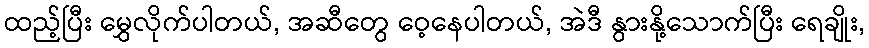
ထည့်ပြီး မွှေလိုက်ပါတယ်, အဆီတွေ ဝေ့နေပါတယ်, အဲဒီ နွားနို့သောက်ပြီး ရေချိုး,